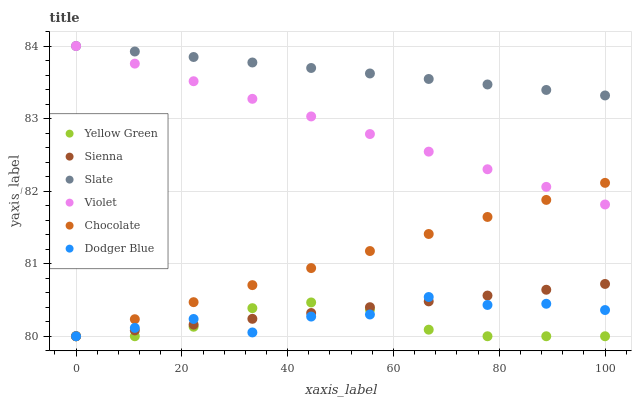
| xaxis_label | Yellow Green | Sienna | Slate | Violet | Chocolate | Dodger Blue |
 | --- | --- | --- | --- | --- | --- | --- |
 | 0 | 80 | 80 | 84 | 84 | 80 | 80 |
 | 11.1 | 80 | 80.1 | 83.9 | 83.8 | 80.2 | 80.1 |
 | 22.2 | 80.1 | 80.2 | 83.8 | 83.5 | 80.5 | 80.2 |
 | 33.3 | 80.4 | 80.2 | 83.8 | 83.3 | 80.7 | 80.1 |
 | 44.4 | 80.5 | 80.3 | 83.7 | 83 | 80.9 | 80.3 |
 | 55.6 | 80.4 | 80.4 | 83.6 | 82.8 | 81.2 | 80.3 |
 | 66.7 | 80.1 | 80.5 | 83.5 | 82.5 | 81.4 | 80.5 |
 | 77.8 | 80 | 80.6 | 83.5 | 82.3 | 81.6 | 80.4 |
 | 88.9 | 80 | 80.6 | 83.4 | 82.1 | 81.9 | 80.4 |
 | 100 | 80 | 80.7 | 83.3 | 81.8 | 82.1 | 80.4 |